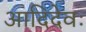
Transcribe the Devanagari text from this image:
आदिदेवः